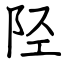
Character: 陉